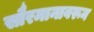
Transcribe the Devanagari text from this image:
सौरमानावरून